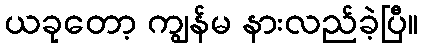
ယခုတော့ ကျွန်မ နားလည်ခဲ့ပြီ။